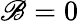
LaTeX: \mathscr{B}=0